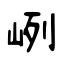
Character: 峢